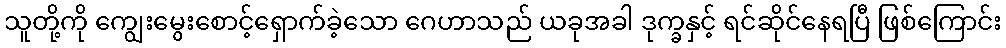
သူတို့ကို ကျွေးမွေးစောင့်ရှောက်ခဲ့သော ဂေဟာသည် ယခုအခါ ဒုက္ခနှင့် ရင်ဆိုင်နေရပြီ ဖြစ်ကြောင်း